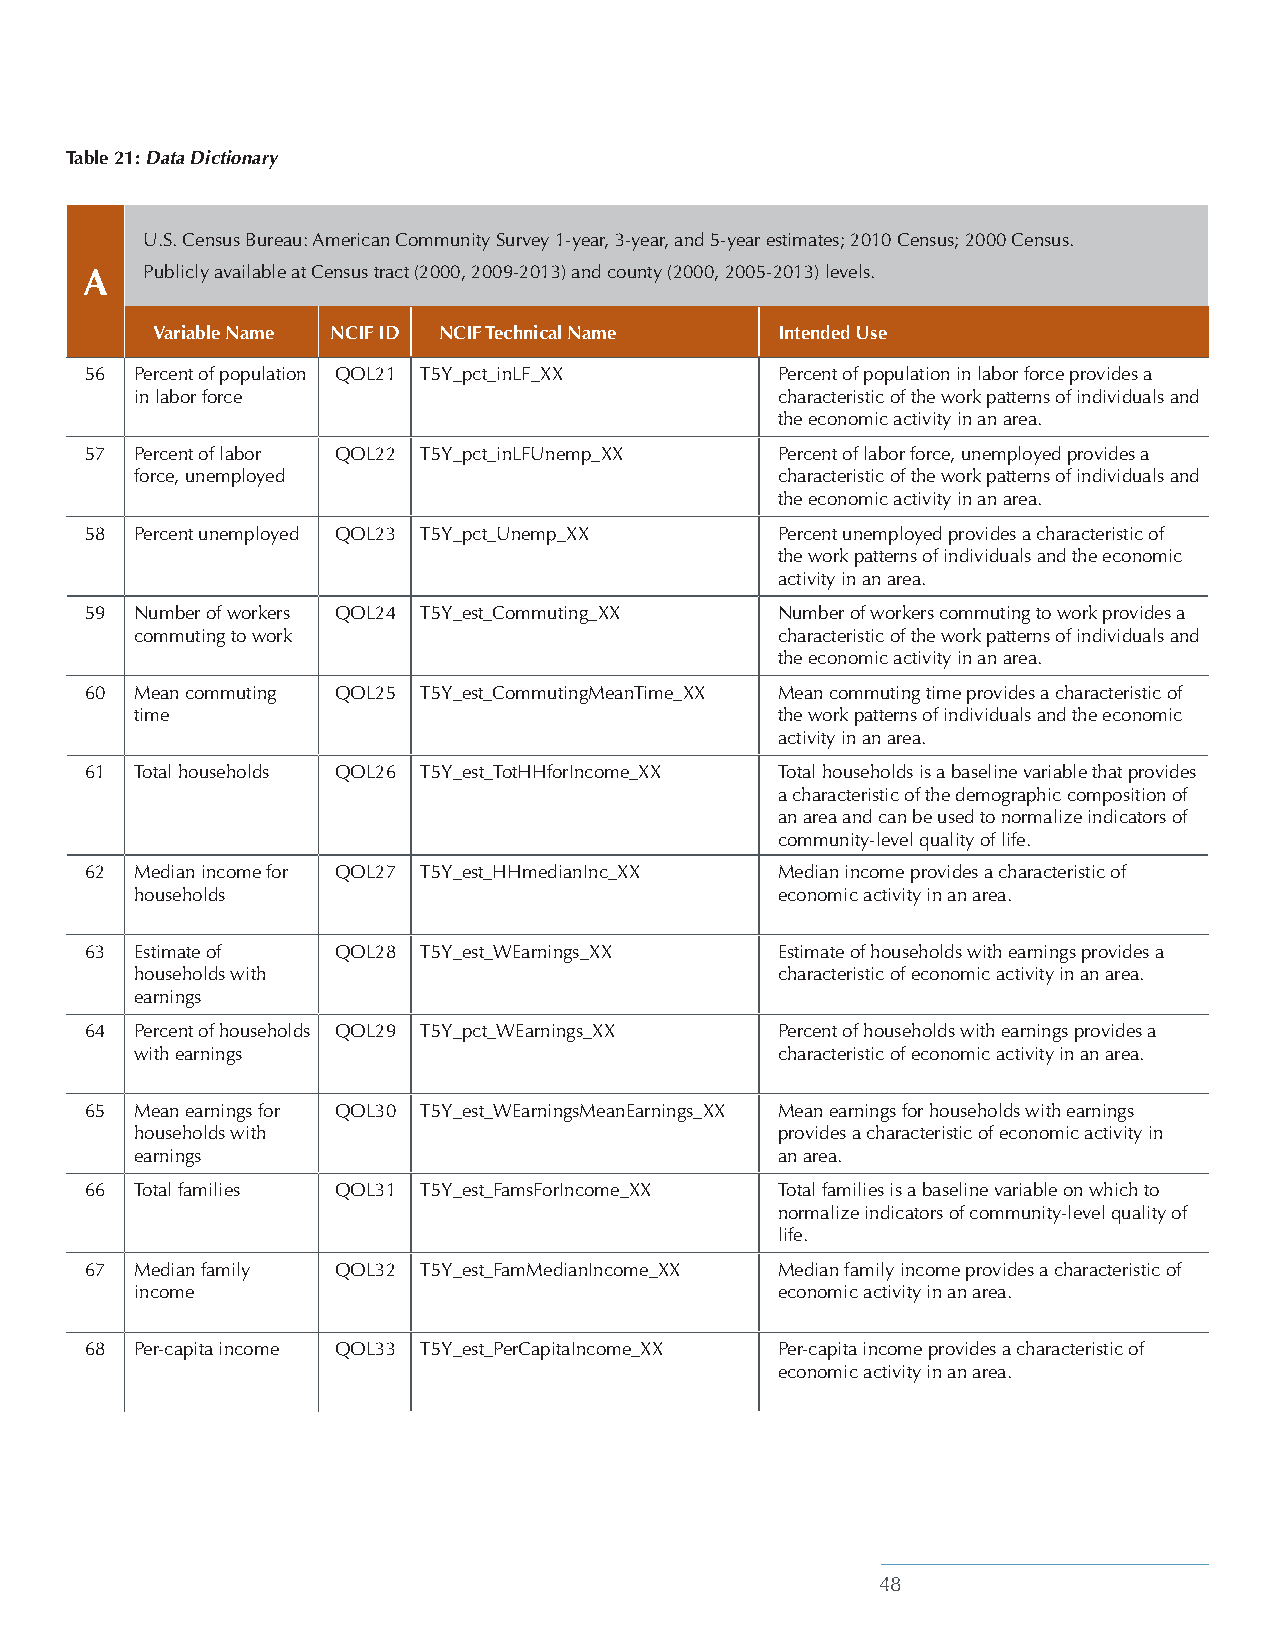
Table 21: Data Dictionary
 U.S. Census Bureau: American Community Survey 1-year, 3-year, and 5-year estimates; 2010 Census; 2000 Census.
 A   Publicly available at Census tract (2000, 2009-2013) and county (2000, 2005-2013) levels.
 Variable Name NCIF ID NCIF Technical Name Intended Use
 56 Percent of population QOL21 T5Y_pct_inLF_XX Percent of population in labor force provides a
 in labor force                            characteristic of the work patterns of individuals and
 the economic activity in an area.
 57 Percent of labor QOL22 T5Y_pct_inLFUnemp_XX Percent of labor force, unemployed provides a
 force, unemployed                         characteristic of the work patterns of individuals and
 the economic activity in an area.
 58 Percent unemployed QOL23 T5Y_pct_Unemp_XX Percent unemployed provides a characteristic of
 the work patterns of individuals and the economic
 activity in an area.
 59 Number of workers QOL24 T5Y_est_Commuting_XX Number of workers commuting to work provides a
 commuting to work                         characteristic of the work patterns of individuals and
 the economic activity in an area.
 60 Mean commuting QOL25 T5Y_est_CommutingMeanTime_XX Mean commuting time provides a characteristic of
 time                                      the work patterns of individuals and the economic
 activity in an area.
 61 Total households QOL26 T5Y_est_TotHHforIncome_XX Total households is a baseline variable that provides
 a characteristic of the demographic composition of
 an area and can be used to normalize indicators of
 community-level quality of life.
 62 Median income for QOL27 T5Y_est_HHmedianInc_XX Median income provides a characteristic of
 households                                economic activity in an area.
 63 Estimate of  QOL28 T5Y_est_WEarnings_XX   Estimate of households with earnings provides a
 households with                           characteristic of economic activity in an area.
 earnings
 64 Percent of households QOL29 T5Y_pct_WEarnings_XX Percent of households with earnings provides a
 with earnings                             characteristic of economic activity in an area.
 65 Mean earnings for QOL30 T5Y_est_WEarningsMeanEarnings_XX Mean earnings for households with earnings
 households with                           provides a characteristic of economic activity in
 earnings                                  an area.
 66 Total families QOL31 T5Y_est_FamsForIncome_XX Total families is a baseline variable on which to
 normalize indicators of community-level quality of
 life.
 67 Median family QOL32 T5Y_est_FamMedianIncome_XX Median family income provides a characteristic of
 income                                    economic activity in an area.
 68 Per-capita income QOL33 T5Y_est_PerCapitaIncome_XX Per-capita income provides a characteristic of
 economic activity in an area.
 48